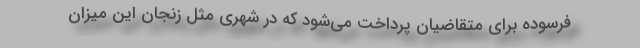
فرسوده برای متقاضیان پرداخت می‌شود که در شهری مثل زنجان این میزان